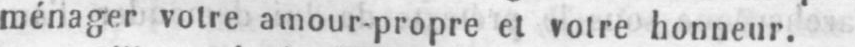
ménager votre amour-propre et votre honneur.